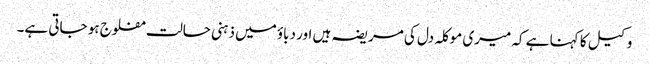
وکیل کا کہنا ہے کہ میری موکلہ دل کی مریضہ ہیں اور دباؤ میں ذہنی حالت مفلوج ہو جاتی ہے۔